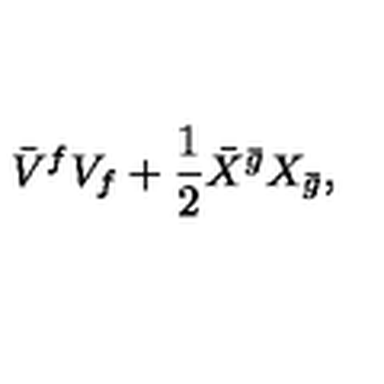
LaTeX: \bar { V } ^ { f } V _ { f } + \frac 1 2 \bar { X } ^ { \bar { g } } X _ { \bar { g } } ,